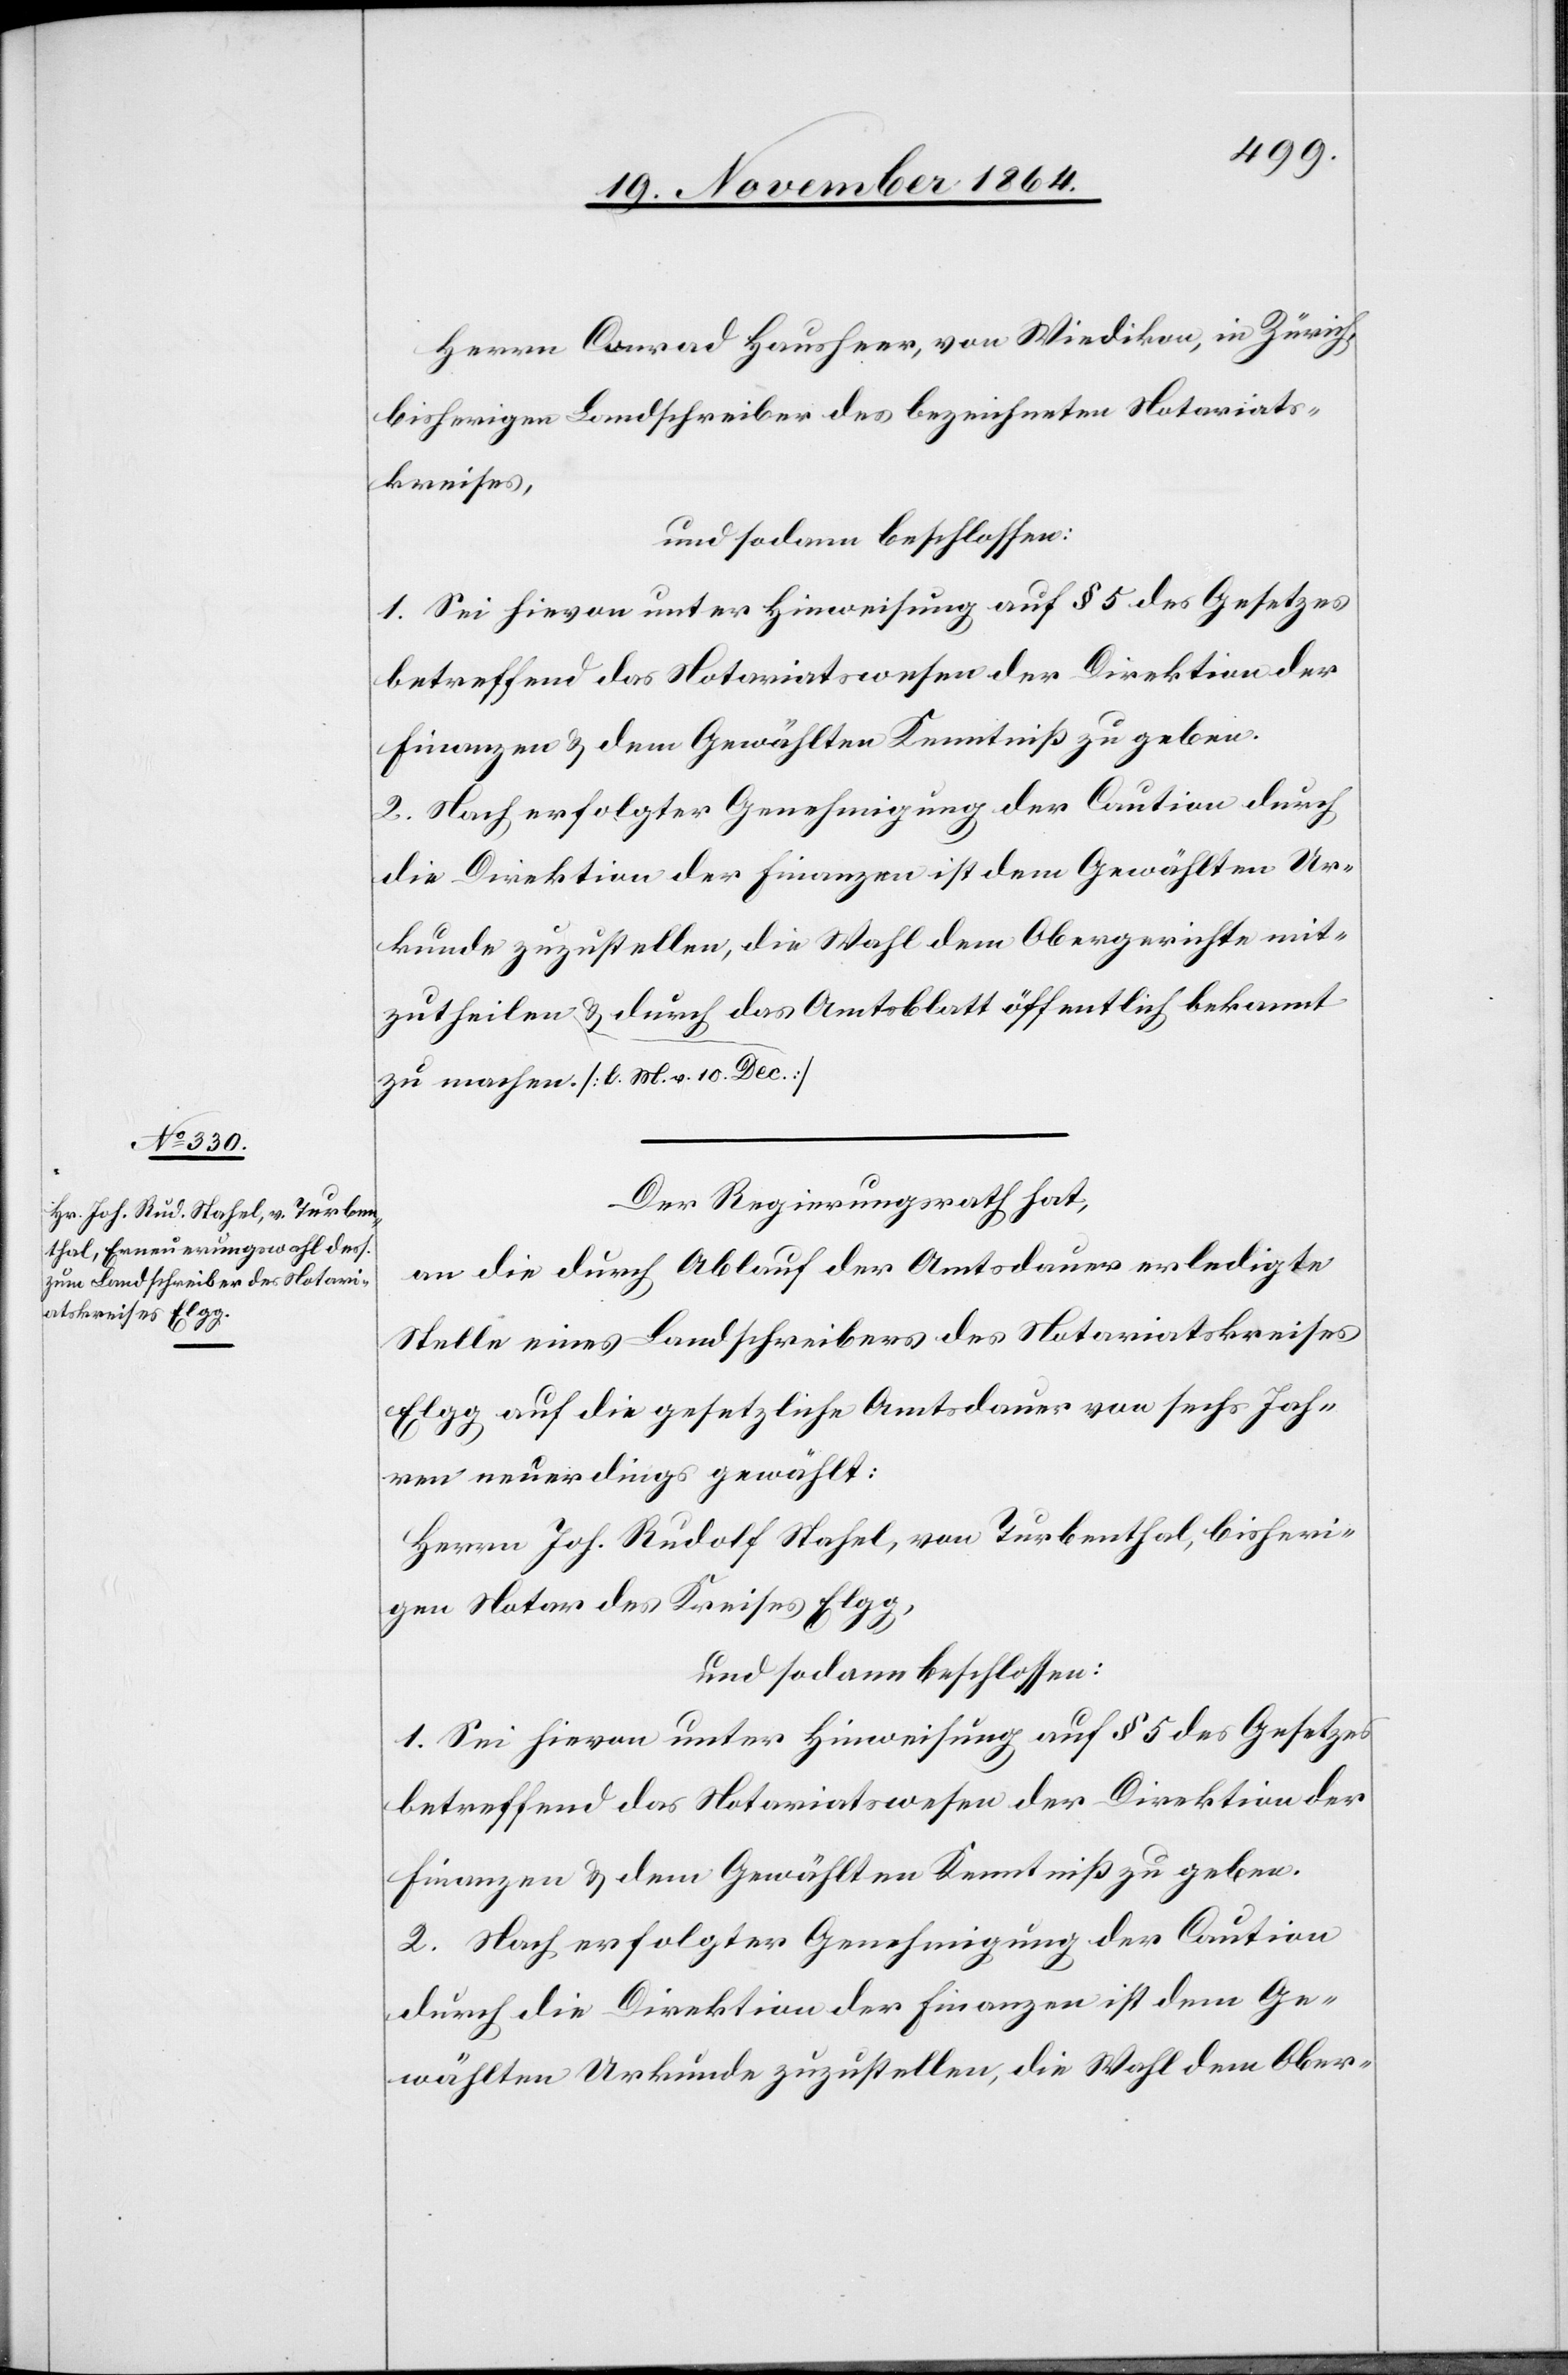
Herrn Conrad Hausheer, von Wiedikon, in Zürich,
bisheriger Landschreiber des bezeichneten Notariats¬
kreises,
und sodann beschlossen:
1. Sei hievon unter Hinweisung auf § 5 des Gesetzes
betreffend das Notariatswesen der Direktion der
Finanzen & dem Gewählten Kenntniß zu geben.
2. Nach erfolgter Genehmigung der Caution durch
die Direktion der Finanzen ist dem Gewählten Ur¬
kunde zuzustellen, die Wahl dem Obergerichte mit¬
zutheilen a [l. M. v. 10. Dec.] a & durch das Amtsblatt öffentlich bekannt
Der Regierungsrath hat,
an die durch Ablauf der Amtsdauer erledigte
Stelle eines Landschreibers des Notariatskreises
Elgg auf die gesetzliche Amtsdauer von sechs Jah¬
ren neuerdings gewählt:
Herrn Joh. Rudolf Stahel, von Turbenthal, bisheri¬
ger Notar des Kreises Elgg,
und sodann beschlossen:
1. Sei hievon unter Hinweisung auf § 5 des Gesetzes
betreffend das Notariatswesen der Direktion der
Finanzen & dem Gewählten Kenntniß zu geben.
2. Nach erfolgter Genehmigung der Caution
durch die Direktion der Finanzen ist dem Ge¬
wählten Urkunde zuzustellen, die Wahl dem Ober-